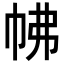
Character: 𢂀